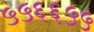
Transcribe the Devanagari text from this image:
५५६६५५